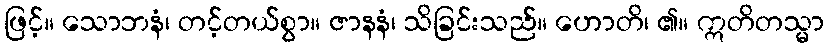
ဖြင့်။ သောဘနံ၊ တင့်တယ်စွာ။ ဇာနနံ၊ သိခြင်းသည်။ ဟောတိ၊ ၏။ ဣတိတသ္မာ